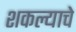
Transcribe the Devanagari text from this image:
शकल्याचे